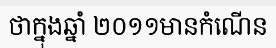
ថាក្នុងឆ្នាំ ២០១១មានកំណើន